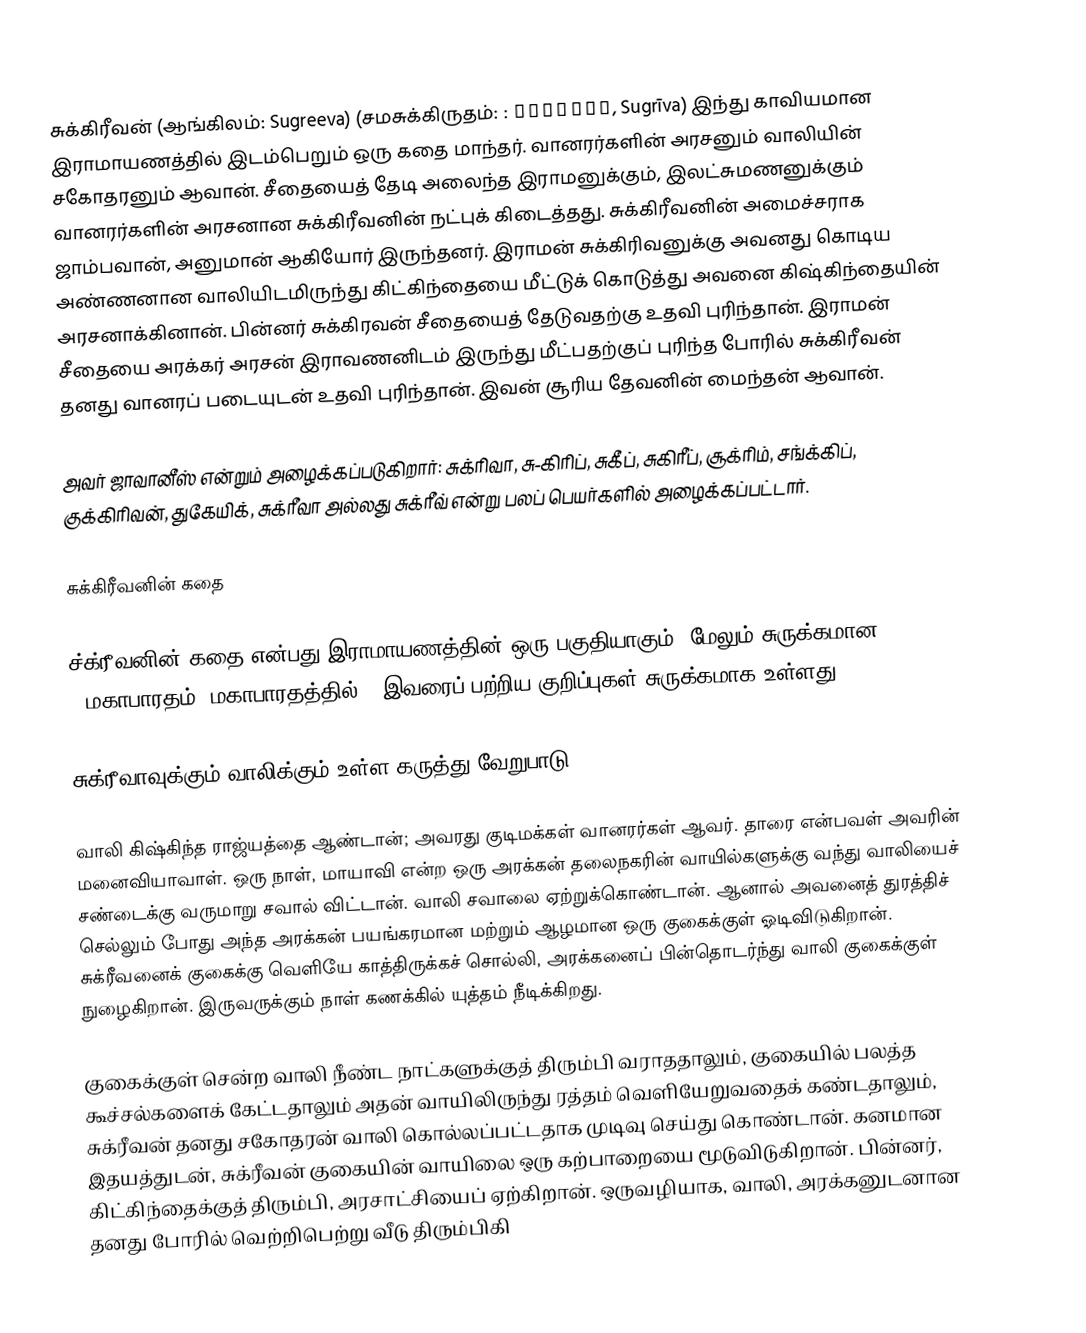
சுக்கிரீவன் (ஆங்கிலம்: Sugreeva) (சமசுக்கிருதம்: : सुग्रीव, Sugrīva) இந்து காவியமான இராமாயணத்தில் இடம்பெறும் ஒரு கதை மாந்தர். வானரர்களின் அரசனும் வாலியின் சகோதரனும் ஆவான். சீதையைத் தேடி அலைந்த இராமனுக்கும், இலட்சுமணனுக்கும் வானரர்களின் அரசனான சுக்கிரீவனின் நட்புக் கிடைத்தது. சுக்கிரீவனின் அமைச்சராக ஜாம்பவான், அனுமான் ஆகியோர் இருந்தனர். இராமன் சுக்கிரிவனுக்கு அவனது கொடிய அண்ணனான வாலியிடமிருந்து கிட்கிந்தையை மீட்டுக் கொடுத்து அவனை கிஷ்கிந்தையின் அரசனாக்கினான். பின்னர் சுக்கிரவன் சீதையைத் தேடுவதற்கு உதவி புரிந்தான். இராமன் சீதையை அரக்கர் அரசன் இராவணனிடம் இருந்து மீட்பதற்குப் புரிந்த போரில் சுக்கிரீவன் தனது வானரப் படையுடன் உதவி புரிந்தான். இவன் சூரிய தேவனின் மைந்தன் ஆவான்.

அவர் ஜாவானீஸ் என்றும் அழைக்கப்படுகிறார்: சுக்ரிவா, சு-கிரிப், சுகீப், சுகிரீப், சூக்ரிம், சங்க்கிப், குக்கிரிவன், துகேயிக், சுக்ரீவா அல்லது சுக்ரீவ் என்று பலப் பெயர்களில் அழைக்கப்பட்டார்.

சுக்கிரீவனின் கதை

ச்க்ரீவனின் கதை என்பது இராமாயணத்தின்  ஒரு பகுதியாகும். மேலும் சுருக்கமான [[மகாபாரதம்]|மகாபாரதத்தில்]] இவரைப் பற்றிய குறிப்புகள் சுருக்கமாக உள்ளது

சுக்ரீவாவுக்கும் வாலிக்கும் உள்ள கருத்து வேறுபாடு

வாலி கிஷ்கிந்த ராஜ்யத்தை ஆண்டான்; அவரது குடிமக்கள் வானரர்கள் ஆவர். தாரை என்பவள் அவரின் மனைவியாவாள். ஒரு நாள், மாயாவி என்ற ஒரு அரக்கன் தலைநகரின் வாயில்களுக்கு வந்து வாலியைச் சண்டைக்கு வருமாறு சவால் விட்டான். வாலி சவாலை ஏற்றுக்கொண்டான். ஆனால் அவனைத் துரத்திச் செல்லும் போது அந்த அரக்கன் பயங்கரமான மற்றும் ஆழமான ஒரு குகைக்குள் ஓடிவிடுகிறான். சுக்ரீவனைக் குகைக்கு வெளியே காத்திருக்கச் சொல்லி, அரக்கனைப் பின்தொடர்ந்து வாலி குகைக்குள் நுழைகிறான். இருவருக்கும் நாள் கணக்கில் யுத்தம் நீடிக்கிறது.

குகைக்குள் சென்ற வாலி நீண்ட நாட்களுக்குத் திரும்பி வராததாலும், குகையில் பலத்த கூச்சல்களைக் கேட்டதாலும் அதன் வாயிலிருந்து ரத்தம் வெளியேறுவதைக் கண்டதாலும், சுக்ரீவன் தனது சகோதரன் வாலி கொல்லப்பட்டதாக முடிவு செய்து கொண்டான். கனமான இதயத்துடன், சுக்ரீவன் குகையின் வாயிலை ஒரு கற்பாறையை மூடுவிடுகிறான். பின்னர்,  கிட்கிந்தைக்குத் திரும்பி, அரசாட்சியைப் ஏற்கிறான். ஒருவழியாக, வாலி, அரக்கனுடனான தனது போரில் வெற்றிபெற்று வீடு திரும்பிகி